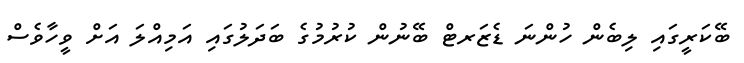
ބޭކަރީގައި ލިބެން ހުންނަ ޑެޒަރޓް ބޭނުން ކުރުމުގެ ބަދަލުގައި އަމިއްލަ އަށް ވީހާވެސް